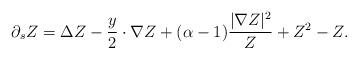
LaTeX: \begin{align*}\partial_s Z = \Delta Z - \frac{y}{2}\cdot \nabla Z + (\alpha - 1)\frac{|\nabla Z|^2}{Z} + Z^2 - Z.\end{align*}